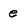
Character: e